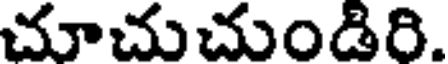
చూచుచుండిరి.